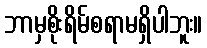
ဘာမှစိုးရိမ်စရာမရှိပါဘူး။